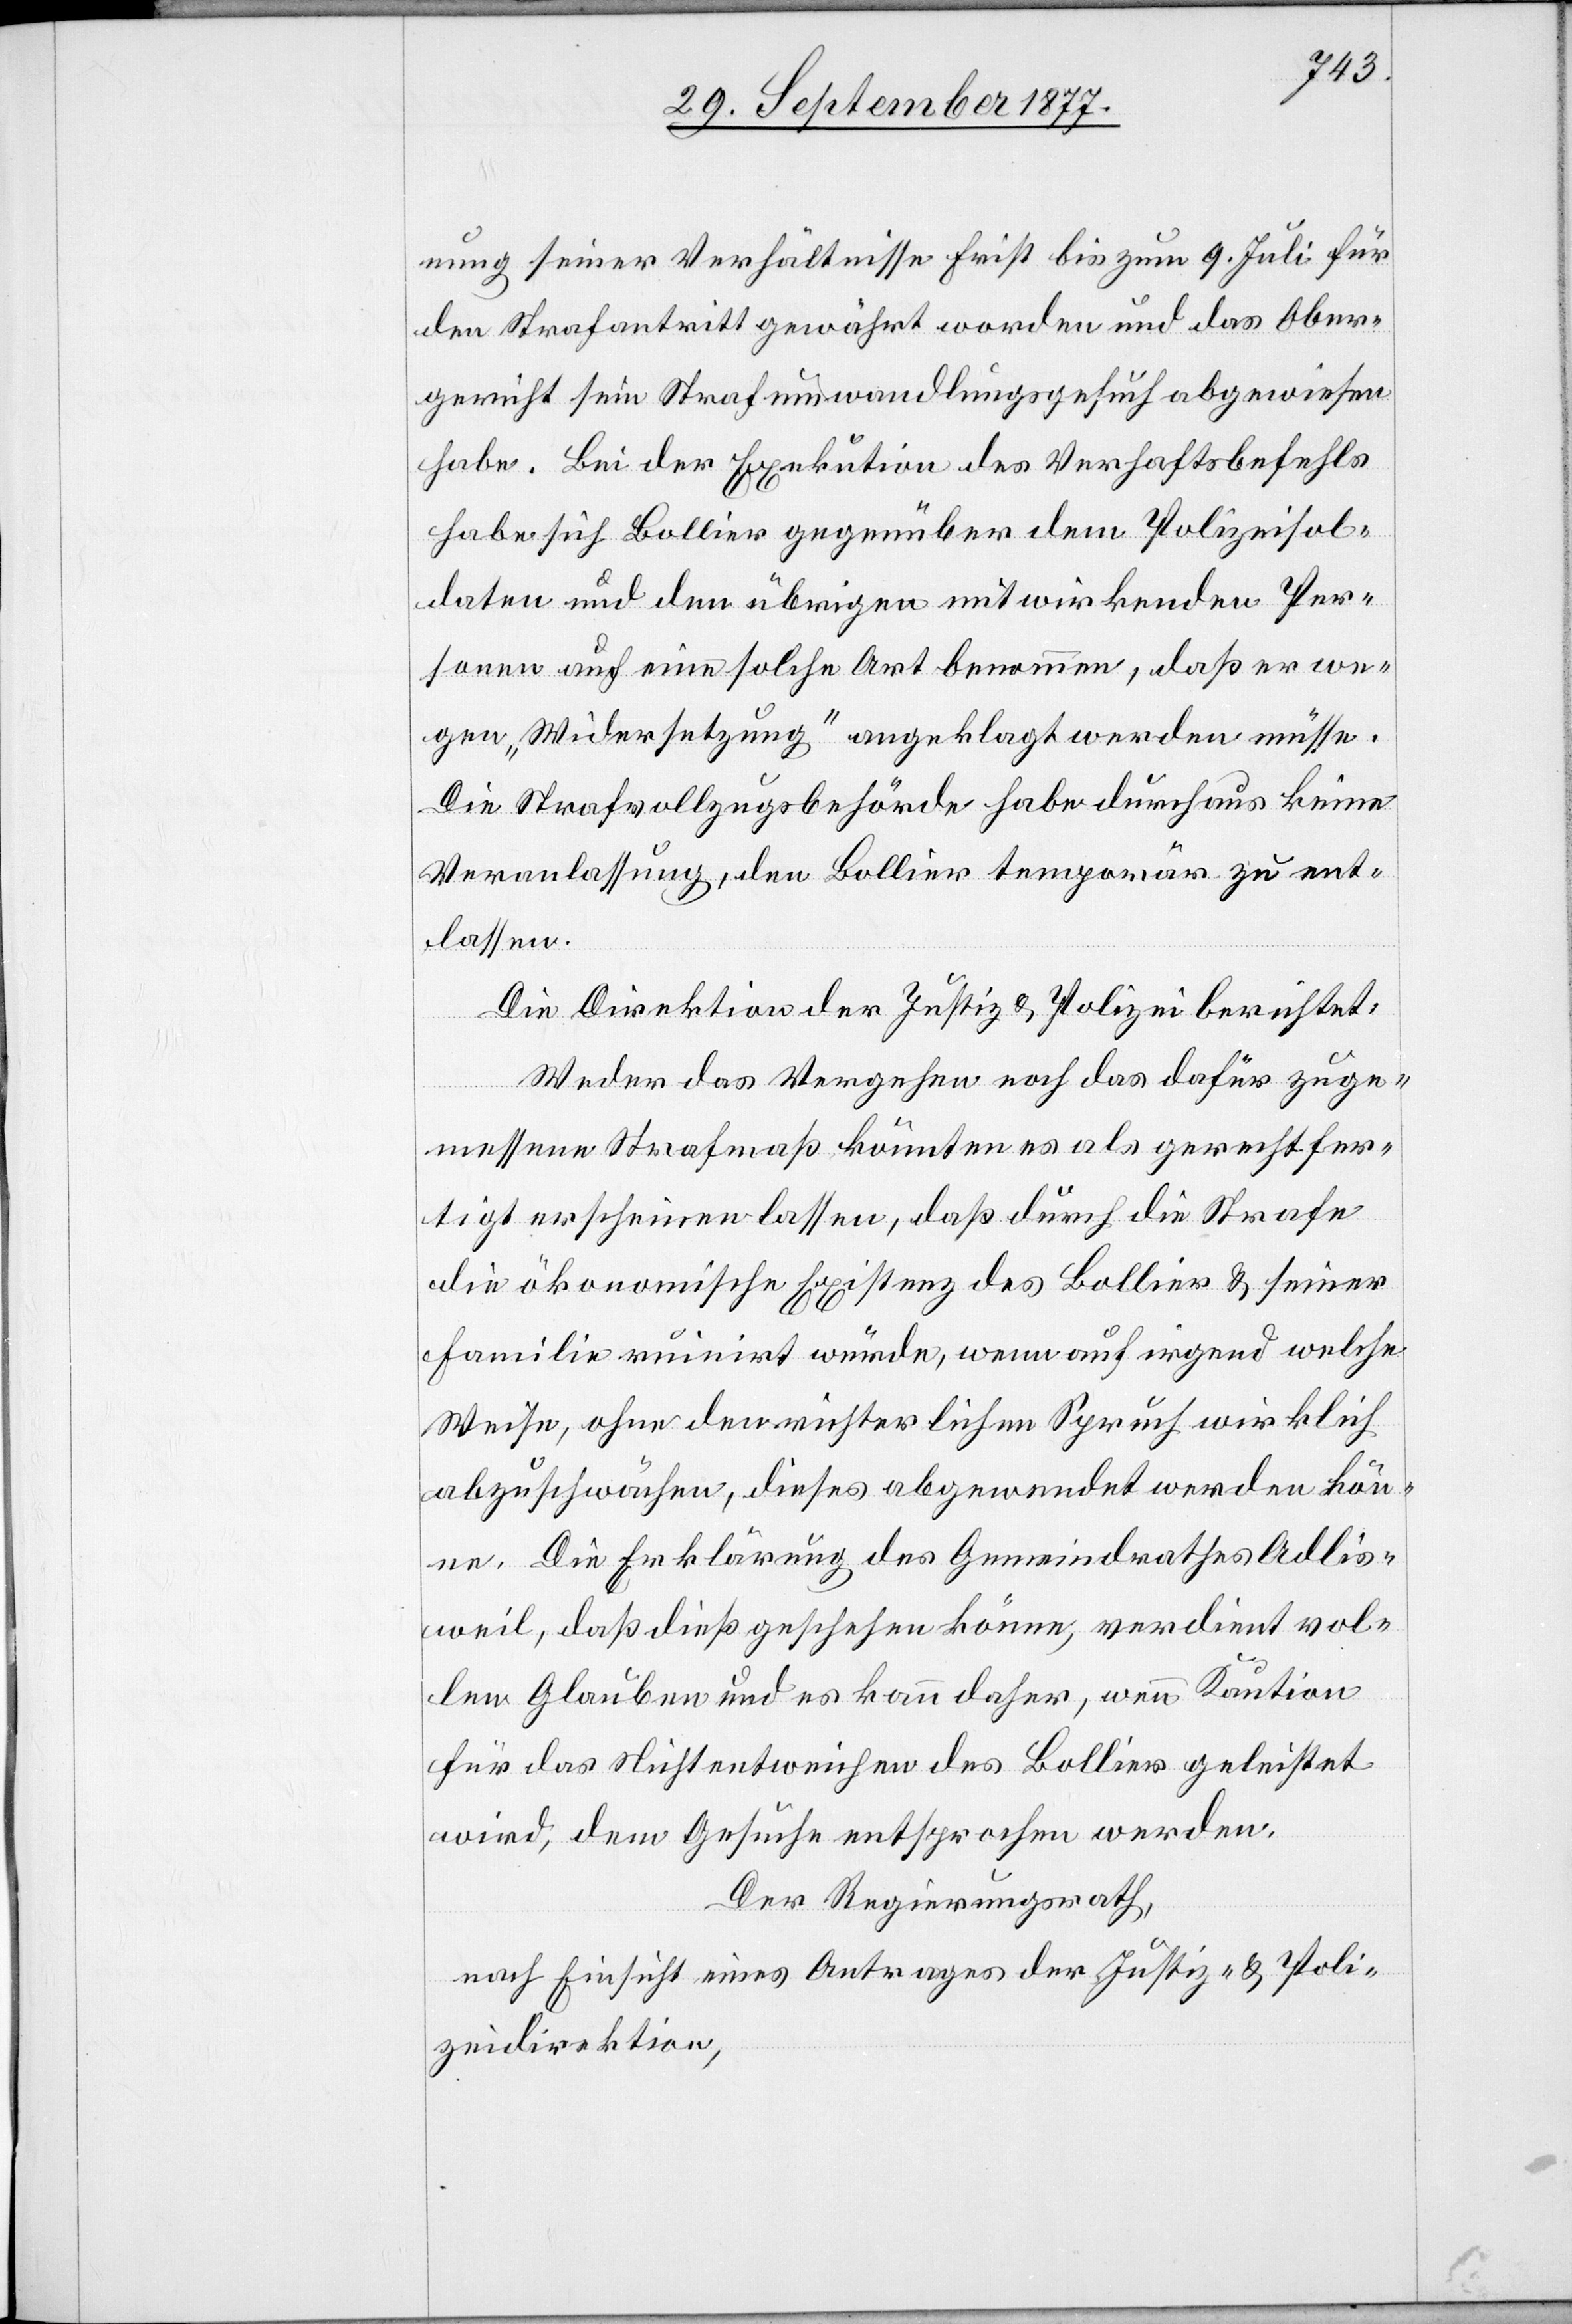
nung seiner Verhältnisse Frist bis zum 9. Juli für
den Strafantritt gewährt worden und das Ober¬
gericht sein Strafumwandlungsgesuch abgewiesen
habe. Bei der Exekution des Verhaftsbefehls
habe sich Bollier gegenüber dem Polizeisol¬
daten und den übrigen mitwirkenden Per¬
sonen auf eine solche Art benommen, daß er we¬
gen „Widersetzung“ angeklagt werden müsse.
Die Strafvollzugsbehörde habe durchaus keine
Veranlassung, den Bollier temporär zu ent¬
lassen.
Die Direktion der Justiz & Polizei berichtet:
Weder das Vergehen noch das dafür zuge¬
messene Strafmaß könnten es als gerechtfer¬
tigt erscheinen lassen, daß durch die Strafe
die ökonomische Existenz des Bollier & seiner
Familie ruinirt würde, wenn auf irgend welche
Weise, ohne den richterlichen Spruch wirklich
abzuschwächen, dieses abgewendet werden kön¬
ne. Die Erklärung des Gemeindrathes Adlis¬
weil, daß dieß geschehen könne, verdient vol¬
len Glauben und es kann daher, wenn Kaution
für das Nichtentweichen des Bollier geleistet
wird, dem Gesuche entsprochen werden.
Der Regierungsrath,
nach Einsicht eines Antrages der Justiz- & Poli¬
zeidirektion,